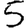
Digit: 5